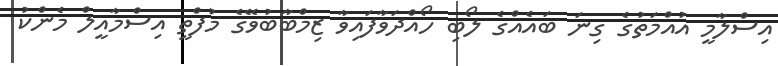
އިސްލާމީ އުއްމަތުގެ ގިނަ ބައެއްގެ ލޯބި ހޯއްދަވާފައިވާ ޒިމްބާބުވޭގެ މުފްތީ އިސްމާއީލް މެންކު